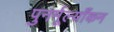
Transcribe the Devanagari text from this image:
पुनर्मूल्याँकन